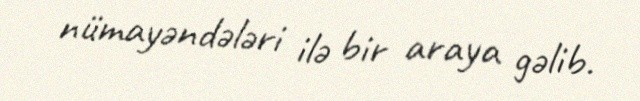
nümayəndələri ilə bir araya gəlib.